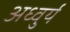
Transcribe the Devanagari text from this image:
अध्वुर्य